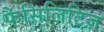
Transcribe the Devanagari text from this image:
फैसिलिटिज़